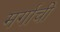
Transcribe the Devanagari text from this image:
मर्गाची